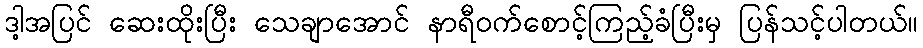
ဒါ့အပြင် ဆေးထိုးပြီး သေချာအောင် နာရီဝက်စောင့်ကြည့်ခံပြီးမှ ပြန်သင့်ပါတယ်။